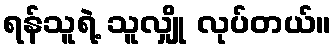
ရန်သူရဲ့ သူလျှို လုပ်တယ်။